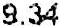
9.34